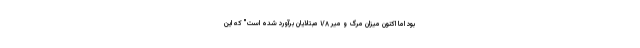
بود اما اکنون میزان مرگ و میر ۱/۸ مبتلایان برآورد شده است" که این